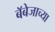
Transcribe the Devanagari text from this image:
बॅबेजाच्या